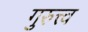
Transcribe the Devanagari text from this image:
गुरुत्त्व